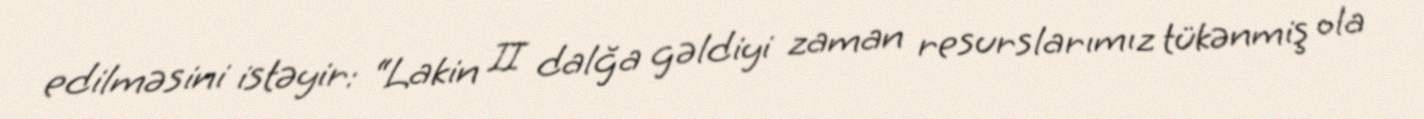
edilməsini istəyir: “Lakin II dalğa gəldiyi zaman resurslarımız tükənmiş ola